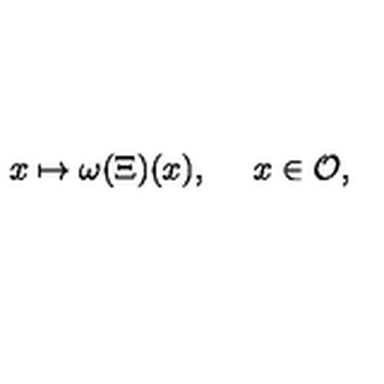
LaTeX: x \mapsto \omega ( \Xi ) ( x ) , \quad \ x \in { \cal O } ,